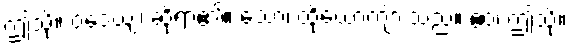
ဤသို့။ ဝဒေယျ၊ ဆိုရာ၏။ သော၊ ထိုယောကျ်ားသည်။ ဧဝံ၊ ဤသို့။